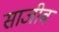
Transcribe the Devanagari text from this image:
साजीब